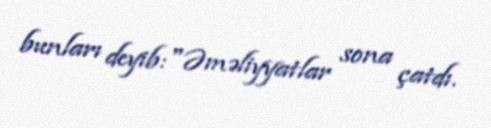
bunları deyib:"Əməliyyatlar sona çatdı.